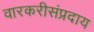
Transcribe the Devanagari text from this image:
वारकरीसंप्रदाय